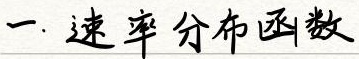
一. 速率分布函数